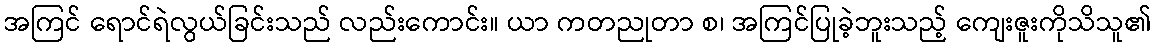
အကြင် ရောင်ရဲလွယ်ခြင်းသည် လည်းကောင်း။ ယာ ကတညုတာ စ၊ အကြင်ပြုခဲ့ဘူးသည့် ကျေးဇူးကိုသိသူ၏